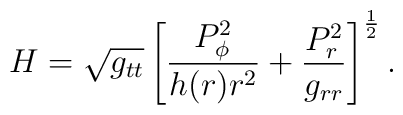
H=\sqrt{g_{tt}}\left[{P^2_{\phi}\over{h(r)r^2}}+{P^2_r\over{g_{rr}}}\right]^{1\over 2}.